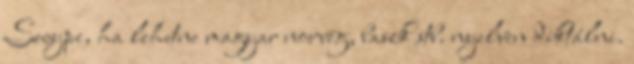
Swype, ha lehetne magyar norvég, baszk stb. nyelven diktálni.